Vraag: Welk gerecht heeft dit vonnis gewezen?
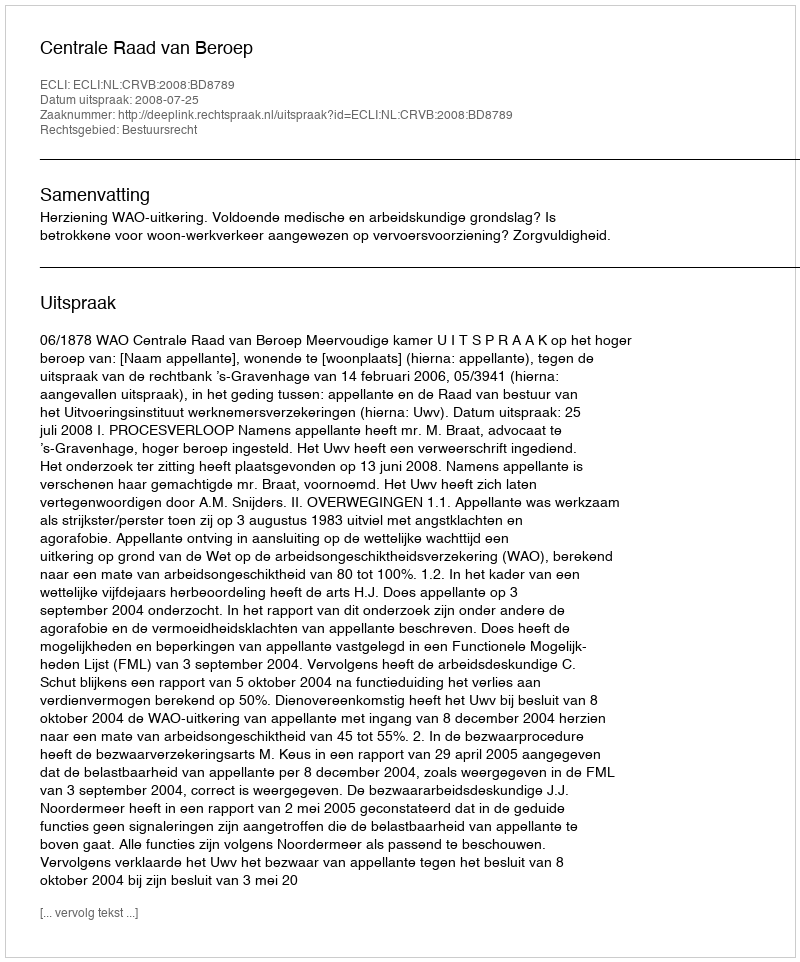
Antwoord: Centrale Raad van Beroep